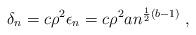
LaTeX: \begin{align*} \delta_n = c\rho^2\epsilon_n = c\rho^2an^{\frac{1}{2}(b-1)} \;,\, \end{align*}